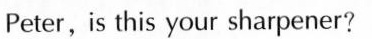
Peter，is this your sharpener?